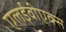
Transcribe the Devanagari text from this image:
एलईवीएक्स